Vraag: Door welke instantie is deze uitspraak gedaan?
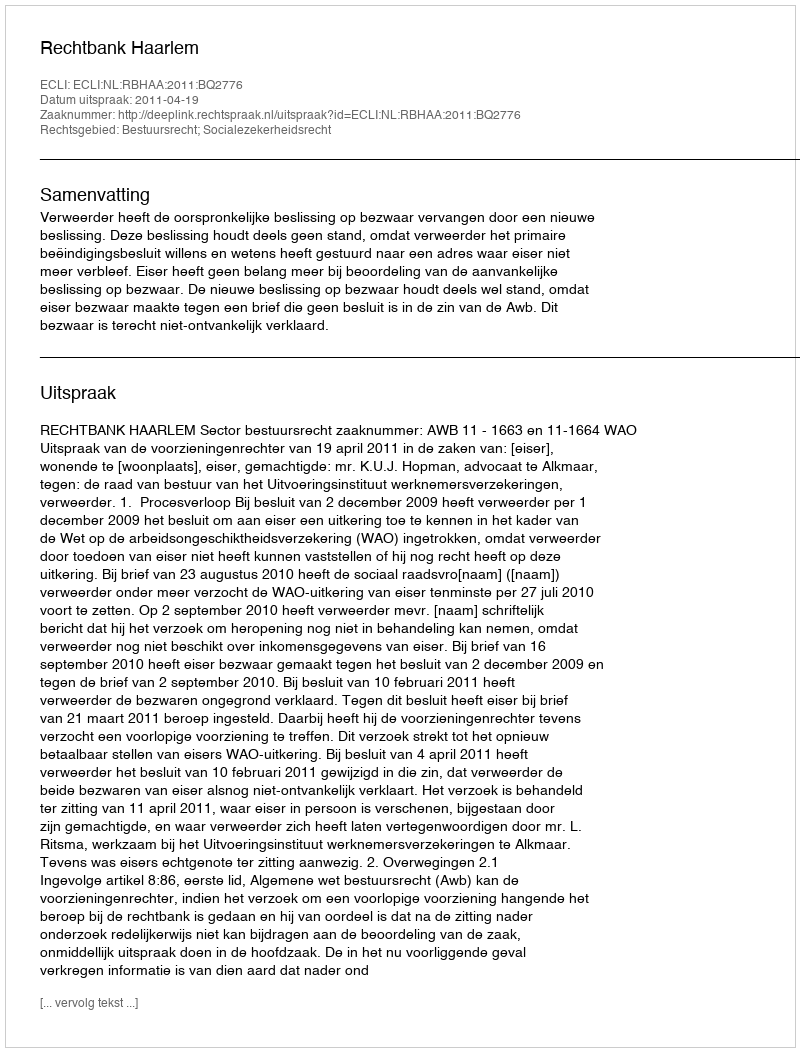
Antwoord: Rechtbank Haarlem